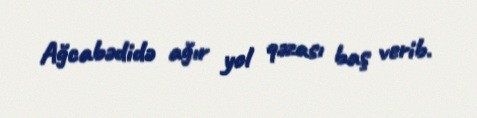
Ağcabədidə ağır yol qəzası baş verib.